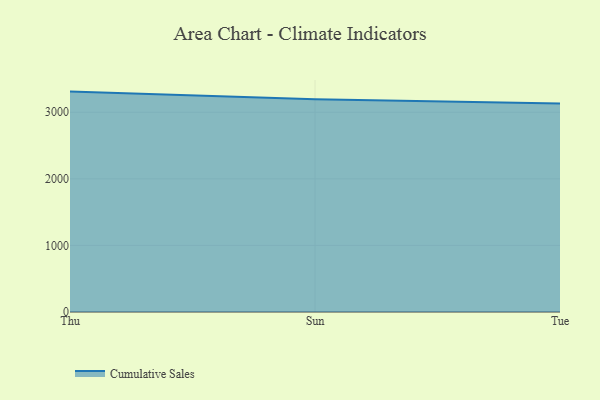
{"axis": {"x": "Day", "y": "Satisfaction Score"}, "legend": ["Cumulative Sales"], "data": [{"x": "Thu", "y": 3310.0, "type": "Cumulative Sales"}, {"x": "Sun", "y": 3196.2, "type": "Cumulative Sales"}, {"x": "Tue", "y": 3132.0, "type": "Cumulative Sales"}]}